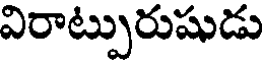
విరాట్పురుషుడు